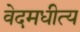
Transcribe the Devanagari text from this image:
वेदमधीत्य